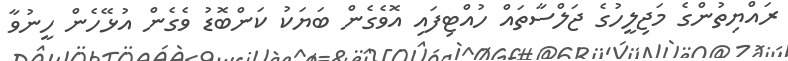
ރައްޔިތުންގެ މަޖިލީހުގެ ޖަލްސާތައް ހުއްޓިފައި އޮވެގެން ބަޔަކު ކަންބޮޑު ވެގެން އުޅޭހެން ހީނުވާ